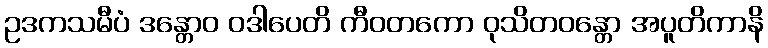
ဥဒကသမီပံ ဒန္တောဝ ဝဒါပေတိ ကီဝတကော ဝုသိတဝန္တော အပူတိကာနိ